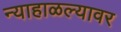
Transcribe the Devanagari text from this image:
न्याहाळल्यावर